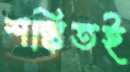
শঙ্কিতই